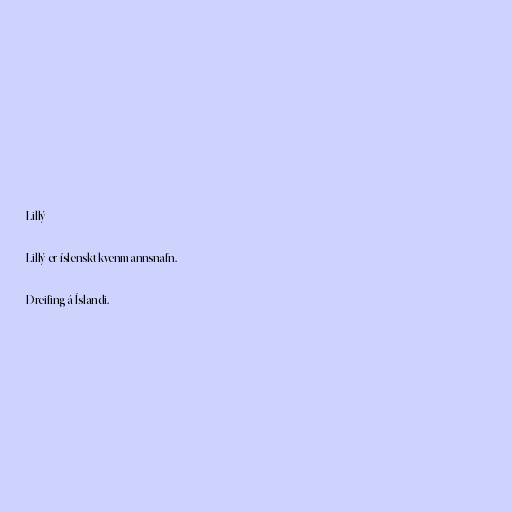
Lillý

Lillý er íslenskt kvenmannsnafn.

Dreifing á Íslandi.